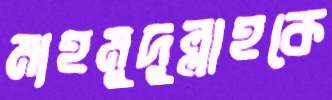
মাহমুদুল্লাহকে